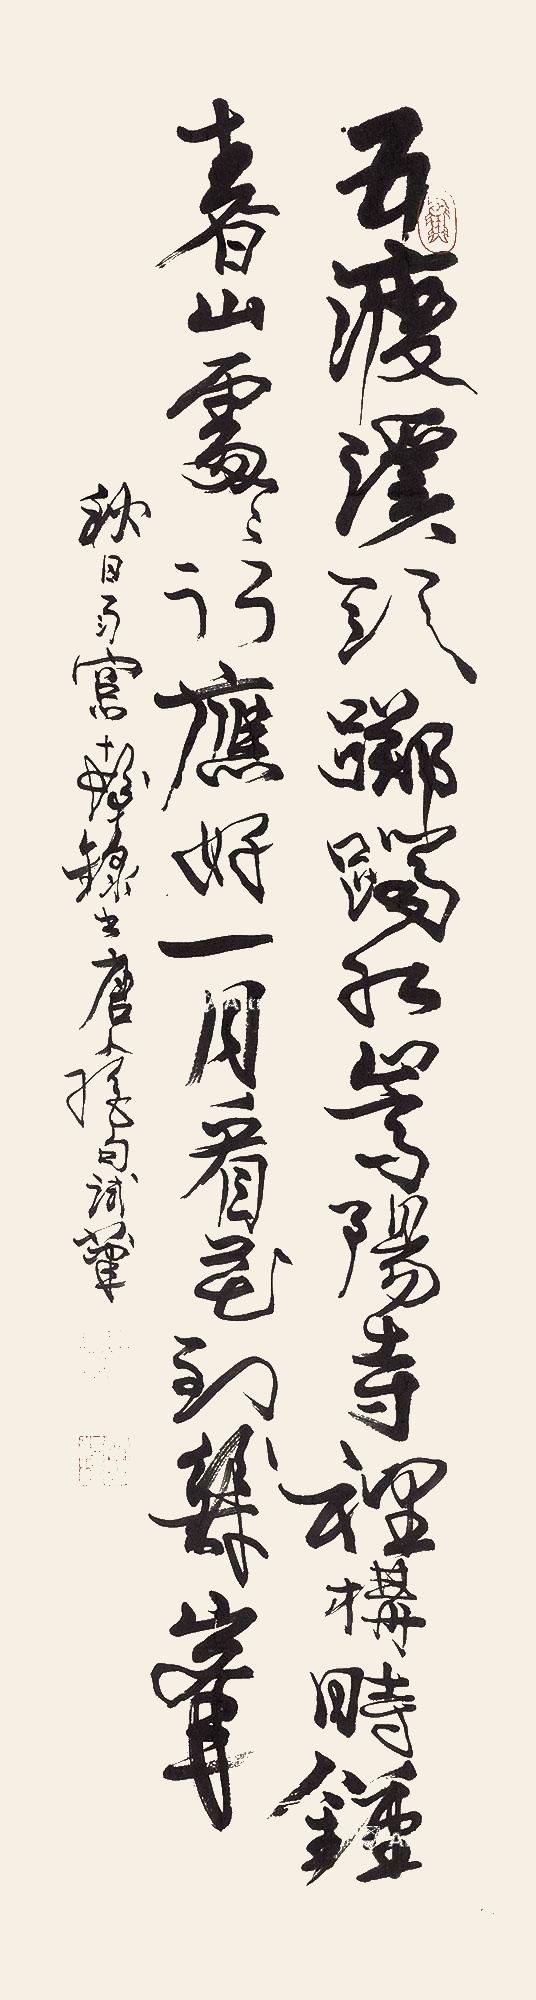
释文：五渡溪头踯躅红，嵩阳寺里讲时钟。春山处处行应好，一月看花到几峰。秋日雨窗，十发录书唐人绝句试笔。